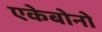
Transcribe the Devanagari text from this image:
एकेबोनो